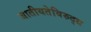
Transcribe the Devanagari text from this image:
जातीयतेविरुद्ध